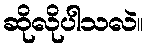
ဆိုလိုပါသလဲ။